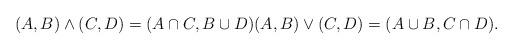
LaTeX: \begin{align*}(A,B) \wedge (C,D) = (A \cap C, B \cup D) (A,B) \vee (C,D) = (A \cup B, C \cap D) .\end{align*}